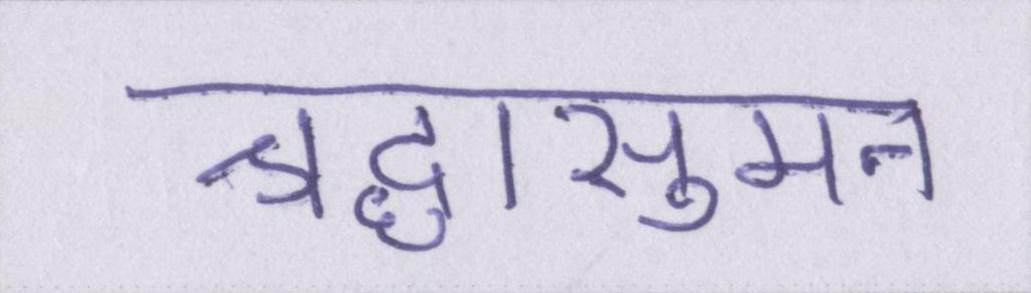
श्रद्धासुमन